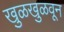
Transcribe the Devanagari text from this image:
खुळखुळवून